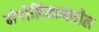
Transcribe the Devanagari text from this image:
मंगोलियामधील